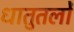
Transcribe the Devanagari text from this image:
धातुतलों